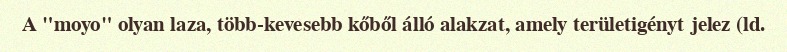
A "moyo" olyan laza, több-kevesebb kőből álló alakzat, amely területigényt jelez (ld.